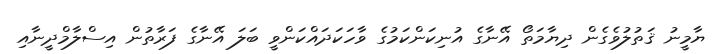
ޔާމީނު ޤަތުލުވެގެން ދިޔާމަތޯ އޭނާގެ އުނިކަންކަމުގެ ވާހަކަދައްކަންވީ ބަލަ އޭނާގެ ފަރާތުން އިސްލާމްދީނާއި